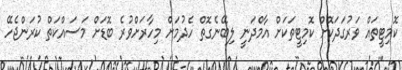
ކޮމިޓީތައް ވަރުގަދަކޮށް ކޮމިޓީތަކަށް އާމްދަނީ ލިބޭނެގޮތް ހެދުމަށް މިހާރަށްވުރެ ބޮޑަށް މަސައްކަތް ކުރަންޖެހޭ